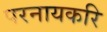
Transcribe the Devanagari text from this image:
परनायकरि